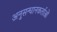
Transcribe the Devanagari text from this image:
अनुसन्धानकर्ताओं